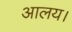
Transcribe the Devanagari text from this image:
आलय।